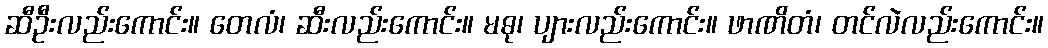
ဆီဦးလည်းကောင်း။ တေလံ၊ ဆီးလည်းကောင်း။ မဓု၊ ပျားလည်းကောင်း။ ဖာဏိတံ၊ တင်လဲလည်းကောင်း။